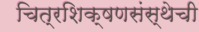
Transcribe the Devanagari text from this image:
चित्रशिक्षणसंस्थेची